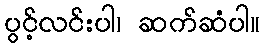
ပွင့်လင်းပါ၊ ဆက်ဆံပါ။